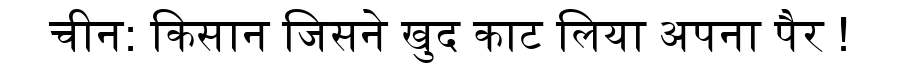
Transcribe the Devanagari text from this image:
चीन: किसान जिसने खुद काट लिया अपना पैर !